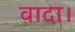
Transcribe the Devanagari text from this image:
वादा।